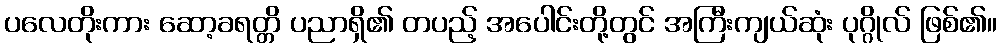
ပလေတိုးကား ဆော့ခရတ္တိ ပညာရှိ၏ တပည့် အပေါင်းတို့တွင် အကြီးကျယ်ဆုံး ပုဂ္ဂိုလ် ဖြစ်၏။